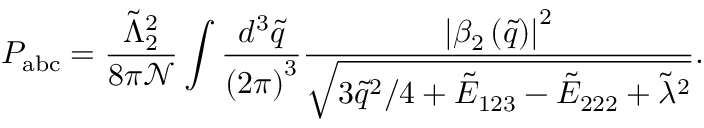
P _ { \mathrm { a b c } } = \frac { \tilde { \Lambda } _ { 2 } ^ { 2 } } { 8 \pi \mathcal { N } } \int \frac { d ^ { 3 } \tilde { q } } { \left( 2 \pi \right) ^ { 3 } } \frac { \left| \beta _ { 2 } \left( \tilde { q } \right) \right| ^ { 2 } } { \sqrt { 3 \tilde { q } ^ { 2 } / 4 + \tilde { E } _ { 1 2 3 } - \tilde { E } _ { 2 2 2 } + \tilde { \lambda } ^ { 2 } } } .